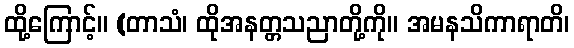
ထို့ကြောင့်။ (တာသံ၊ ထိုအနတ္တသညာတို့ကို။ အမနသိကာရာတိ၊